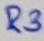
Text: R3